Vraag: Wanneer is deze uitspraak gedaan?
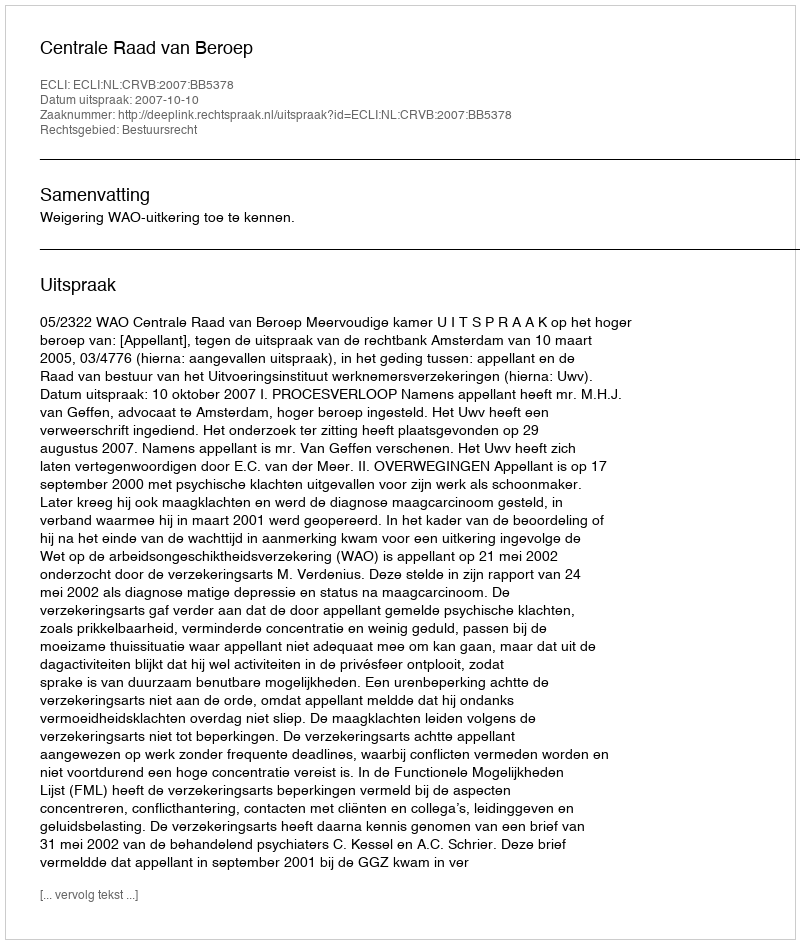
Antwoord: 2007-10-10